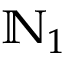
\mathbb { N } _ { 1 }